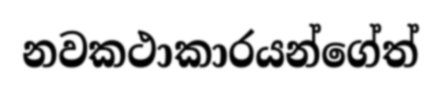
නවකථාකාරයන්ගේත්